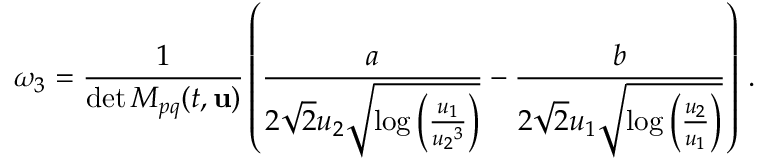
\omega _ { 3 } = \frac { 1 } { \operatorname* { d e t } M _ { p q } ( t , { \mathbf { u } } ) } \left( \frac { a } { 2 \sqrt { 2 } { u _ { 2 } } \sqrt { \log \left( \frac { { u _ { 1 } } } { { u _ { 2 } } ^ { 3 } } \right) } } - \frac { b } { 2 \sqrt { 2 } { u _ { 1 } } \sqrt { \log \left( \frac { { u _ { 2 } } } { { u _ { 1 } } } \right) } } \right) \, .